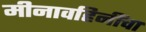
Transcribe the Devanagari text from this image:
मीनावहिनींचा